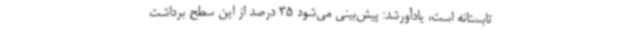
تابستانه است، یادآورشد: پیش‌بینی می‌شود 35 درصد از این سطح برداشت